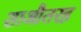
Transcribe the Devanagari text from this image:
शाऔतरह